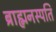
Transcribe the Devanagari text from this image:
ब्राह्मनस्पति